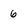
Character: 6